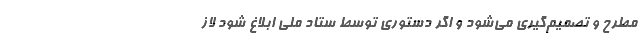
مطرح و تصمیم‌گیری می‌شود و اگر دستوری توسط ستاد ملی ابلاغ شود لاز